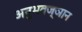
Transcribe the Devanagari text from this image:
अनुभवज्ञान